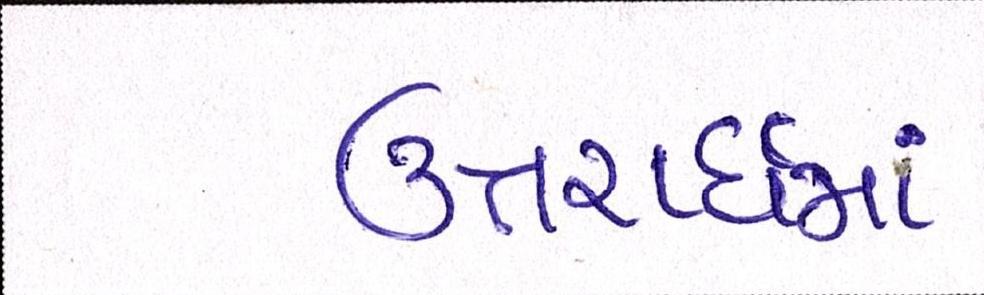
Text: ઉત્તરાર્ધમાં